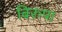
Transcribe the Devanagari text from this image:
बिरुपा